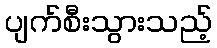
ပျက်စီးသွားသည့်